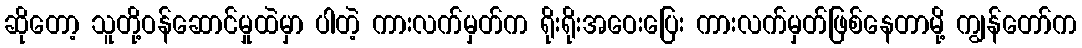
ဆိုတော့ သူတို့ဝန်ဆောင်မှုထဲမှာ ပါတဲ့ ကားလက်မှတ်က ရိုးရိုးအဝေးပြေး ကားလက်မှတ်ဖြစ်နေတာမို့ ကျွန်တော်က